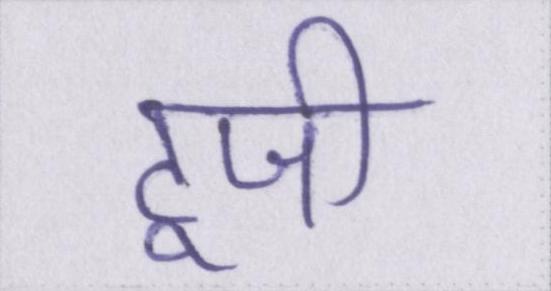
टूजी